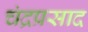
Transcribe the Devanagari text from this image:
चंद्रप्रसाद